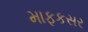
માફકસર